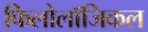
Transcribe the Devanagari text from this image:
फिलोलॉजिकल